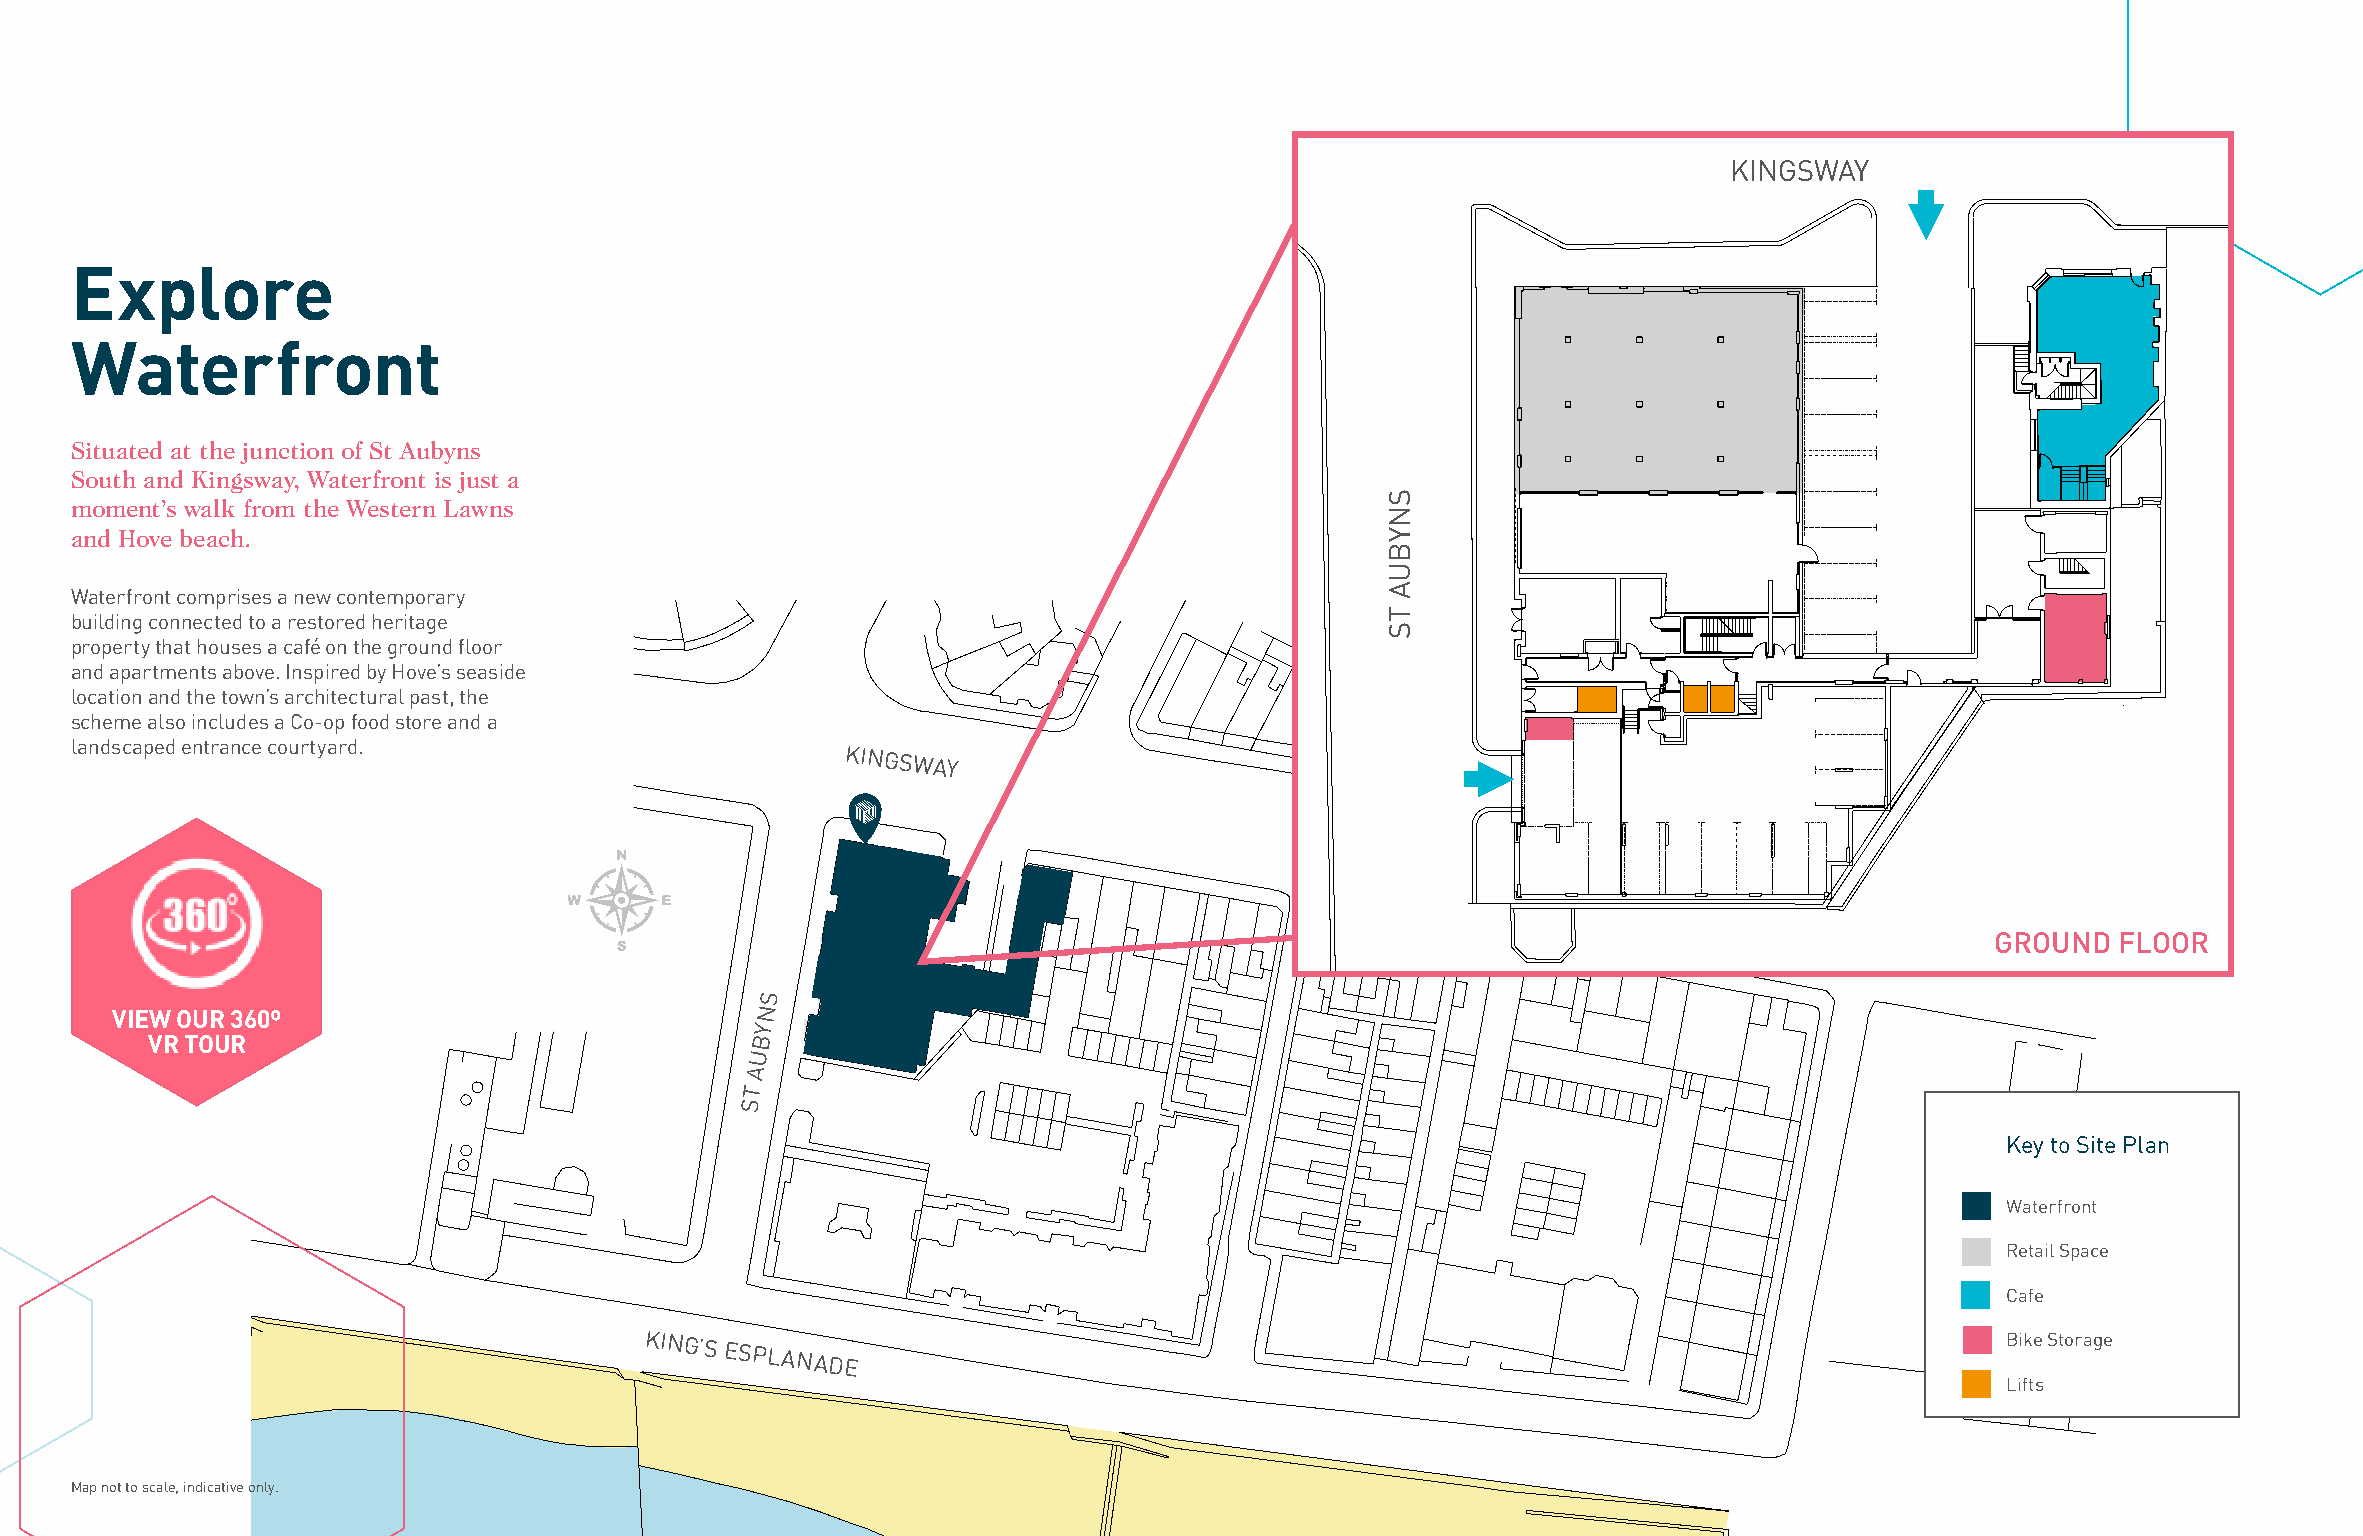
KINGSWAY
 Explore
 Waterfront
 Situated at the junction of St Aubyns
 South and Kingsway, Waterfront is just a
 moment’s walk from the Western Lawns
 and Hove beach.
 Waterfront comprises a new contemporary
 building connected to a restored heritage
 property that houses a café on the ground floor
 and apartments above. Inspired by Hove’s seaside
 location and the town’s architectural past, the
 scheme also includes a Co-op food store and a
 landscaped entrance courtyard.
 KINGSWAY
 GROUND  FLOOR
 S
 VIEW OUR 360º                              N
 Y
 VR TOUR                                 B
 U
 A
 T
 S
 Key to Site Plan
 Waterfront
 Retail Space
 Cafe
 KING’S
 ESPLANADE
 Bike Storage
 Lifts
 Map not to scale, indicative only.
 SNYBUA
 TS